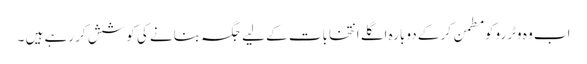
اب وہ وٹررو کو مطمن کر کے دوبارہ اگلے انتخابات کے لیے جگہ بنانے کی کوشش کر رہے ہیں ۔